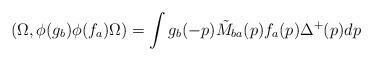
LaTeX: \begin{align*}(\Omega,\phi(g_b)\phi(f_a)\Omega ) =\int g_b(-p)\tilde M_{ba}(p)f_a(p)\Delta^+(p)dp\end{align*}